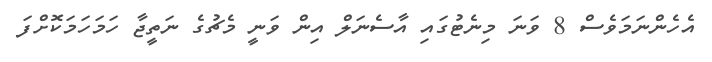
އެހެންނަމަވެސް 8 ވަނަ މިނެޓުގައި އާސެނަލް އިން ވަނީ މެޗުގެ ނަތީޖާ ހަމަހަމަކޮށްފަ